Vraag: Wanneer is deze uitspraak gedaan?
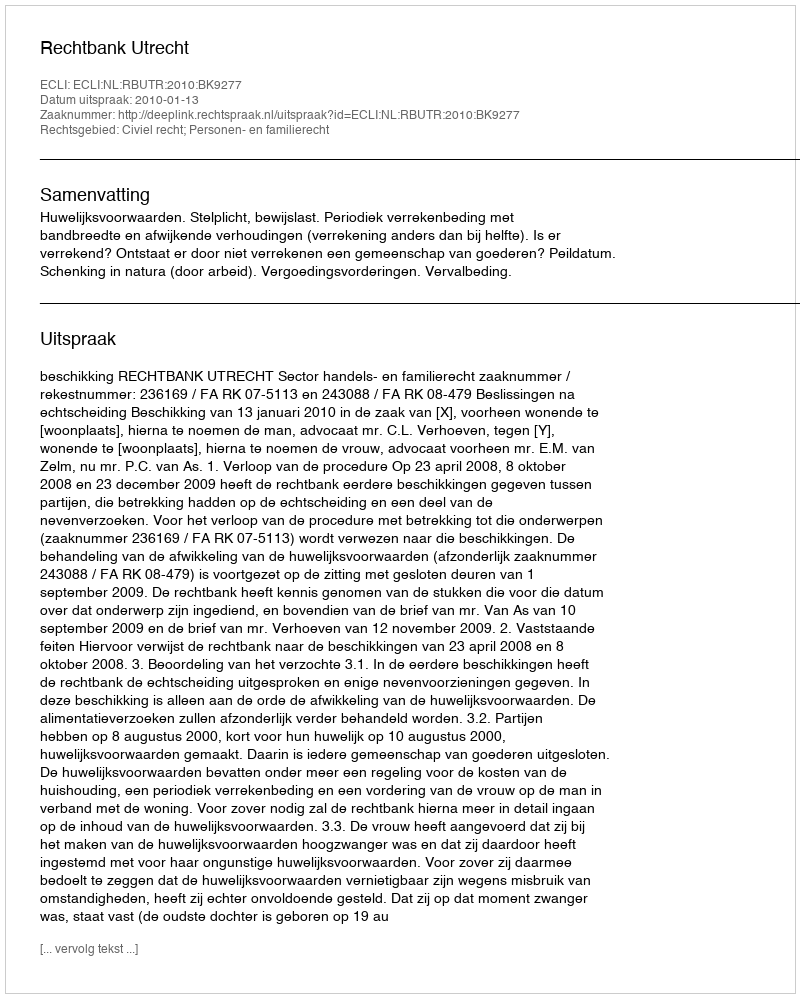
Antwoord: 2010-01-13